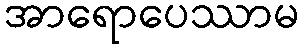
အာရောပေဿာမ